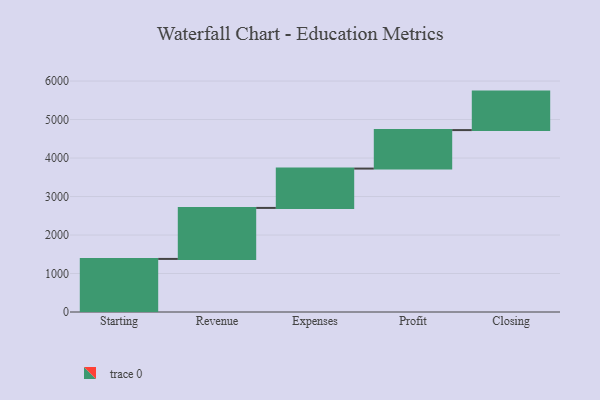
{"axis": {"x": "Step", "y": "Value"}, "legend": [""], "data": [{"x": "Starting", "y": 1379.0, "type": ""}, {"x": "Revenue", "y": 1325.0, "type": ""}, {"x": "Expenses", "y": 1022.0, "type": ""}, {"x": "Profit", "y": 1000, "type": ""}, {"x": "Closing", "y": 1000, "type": ""}]}